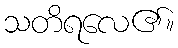
သတိရလေ၏။